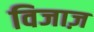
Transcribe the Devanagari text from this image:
विजाज़